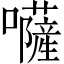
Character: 𡄳